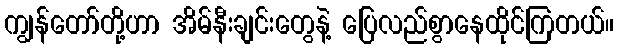
ကျွန်တော်တို့ဟာ အိမ်နီးချင်းတွေနဲ့ ပြေလည်စွာနေထိုင်ကြတယ်။